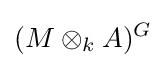
(M\otimes _{k}A)^{G}